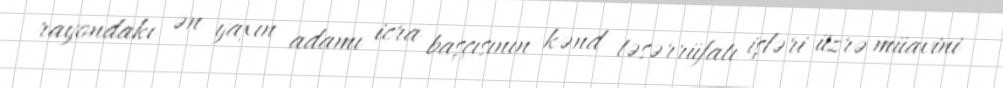
rayondakı ən yaxın adamı icra başçısının kənd təsərrüfatı işləri üzrə müavini